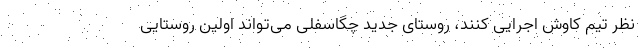
نظر تیم کاوش اجرایی کنند، روستای جدید چگاسفلی می‌تواند اولین روستایی